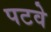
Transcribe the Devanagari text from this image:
पटवे